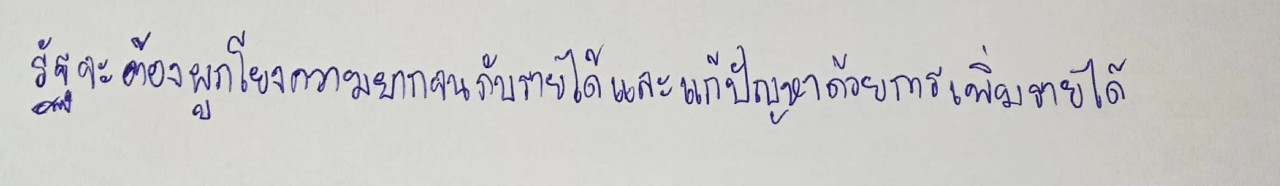
รัฐจะต้องผูกโยงความยากจนกับรายได้และแก้ปัญหาด้วยการเพิ่มรายได้